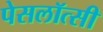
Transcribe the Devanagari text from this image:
पेसलॉत्सी